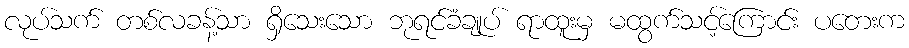
လုပ်သက် တစ်လခန့်သာ ရှိသေးသော ဘုရင်ခံချုပ် ရာထူးမှ မထွက်သင့်ကြောင်း ပတေးက